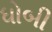
ધોબી